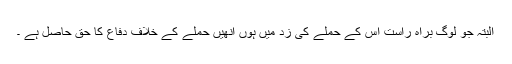
البتہ جو لوگ براہِ راست اس کے حملے کی زد میں ہوں انھیں حملے کے خلاف دفاع کا حق حاصل ہے ۔